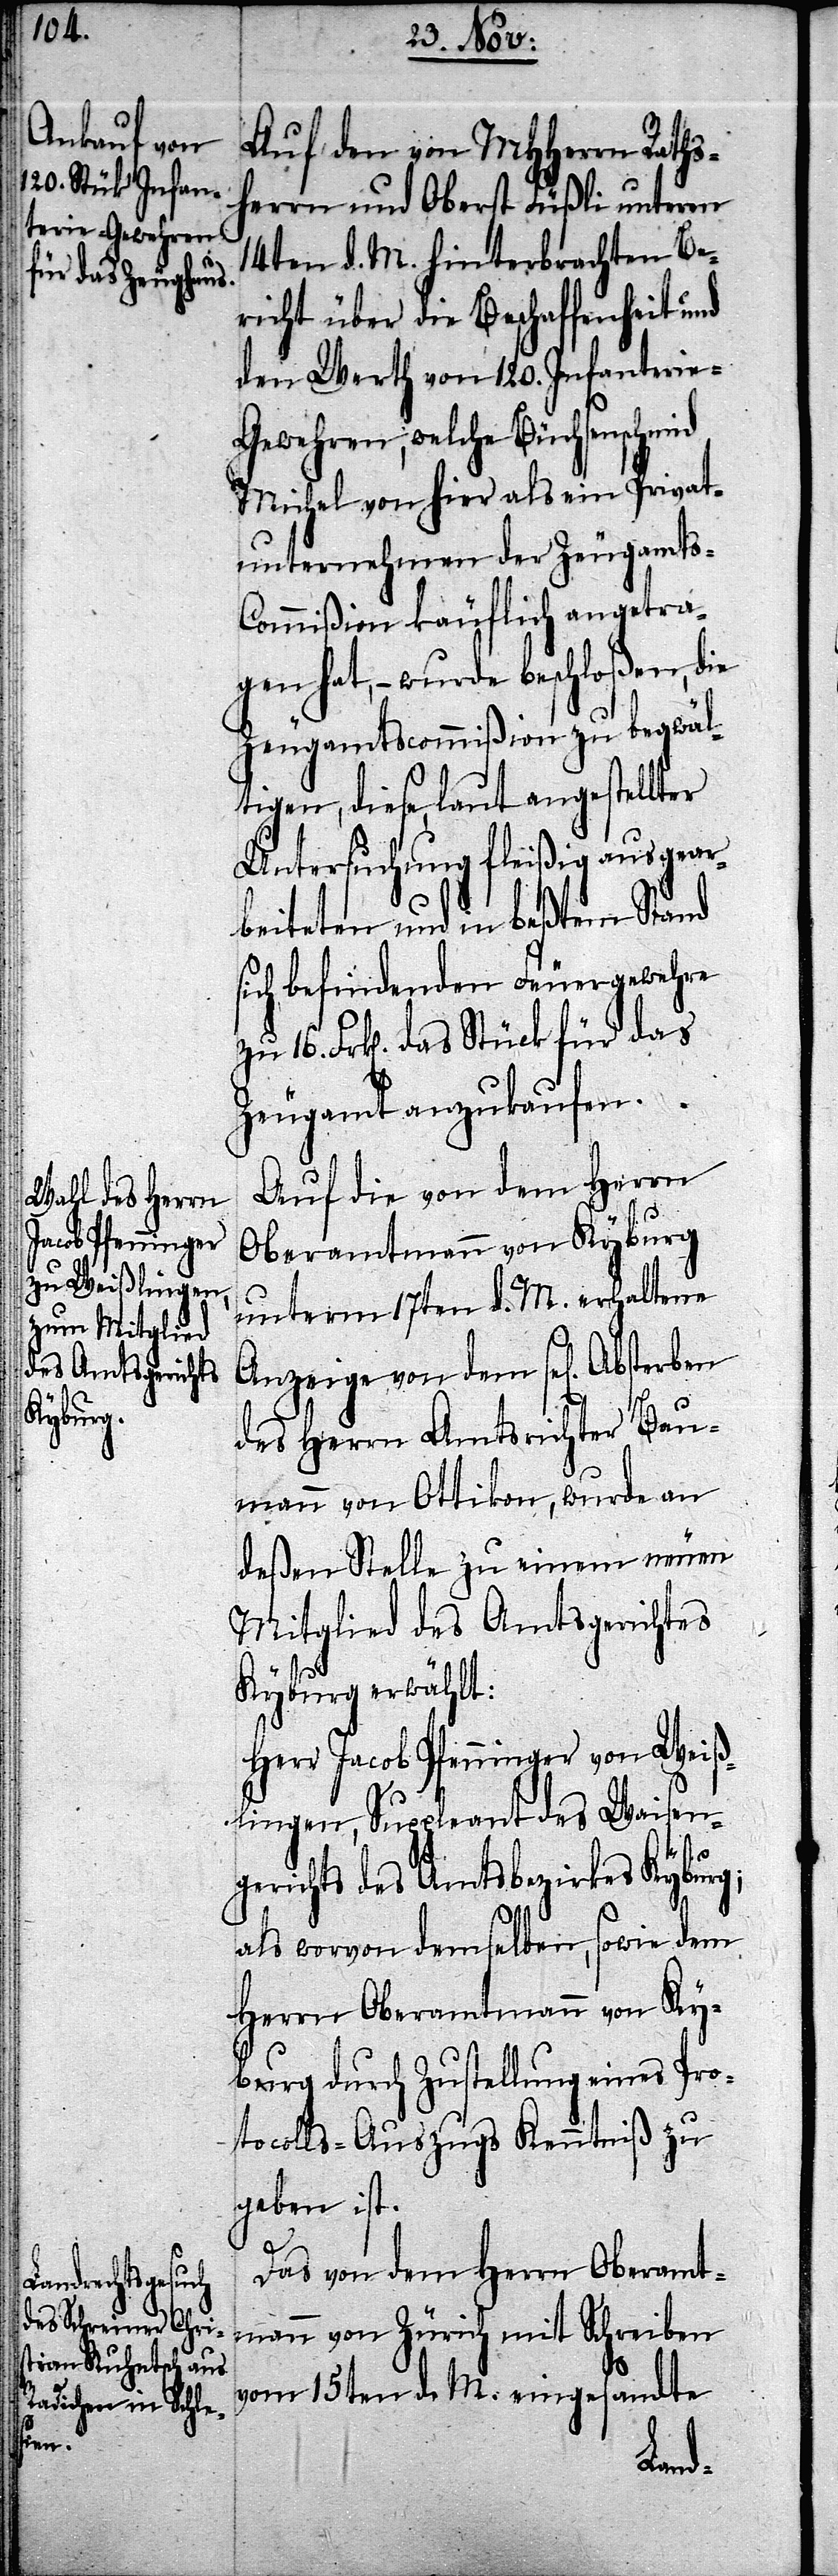
Auf den von MHHerrn Raths¬
herrn und Oberst Füßli unterm
14ten d. M. hinterbrachten Be¬
richt über die Beschaffenheit und
den Werth von 120. Infanterie-G¬
ewehren, welche Büchsenschmid
Michel von hier als ein Privat¬
unternehmen der Zeugamts-C¬
ommißion käuflich angetra¬
gen hat, – wurde beschloßen, die
Zeugamtscommißion zu begwäl¬
tigen, diese, laut angestellter
Untersuchung fleißig ausgear¬
beiteten und in beßtem Stand
sich befindenden Feuergewehre
16. Frk[en]. das Stück für das
Zeugamt anzukaufen.
Auf die von dem Herrn
Oberamtmann von Kyburg
unterm 17ten d. M. erhaltene
Anzeige von dem sel[igen]
des Herrn Amtsrichter Bau¬
mann von Ottikon, wurde an
deßen Stelle zu einem neuen
Mitglied des Amtsgerichtes
Kyburg erwählt:
Herr Jacob Pfenninger von Weiß¬
lingen, Suppleant des Waisen¬
gerichts des Amtsbezirkes Kyburg;
als wovon demselben, sowie dem
Herrn Oberamtmann von Ky¬
burg durch Zustellung eines Pro¬
tokolls-Auszugs Kenntniß zu
geben ist.
Das von dem Herrn Oberamt¬
mann von Zürich mit Schreiben
vom 15ten d. M. eingesandte